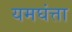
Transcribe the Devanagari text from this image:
यमघंत्ता